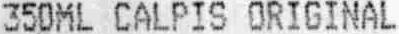
350ML CALPIS ORIGINAL